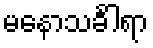
မနောသင်္ခါရာ